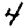
Digit: 4